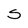
Character: S